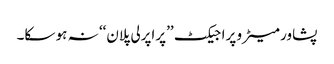
پشاور میٹرو پراجیکٹ ’’پراپرلی پلان‘‘ نہ ہو سکا۔